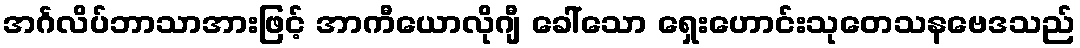
အင်္ဂလိပ်ဘာသာအားဖြင့် အာကီယောလိုဂျီ ခေါ်သော ရှေးဟောင်းသုတေသနဗေဒသည်